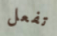
تفعل